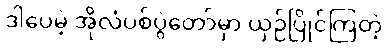
ဒါပေမဲ့ အိုလံပစ်ပွဲတော်မှာ ယှဉ်ပြိုင်ကြတဲ့